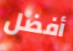
أفضل